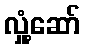
လှုံ့ဆော်